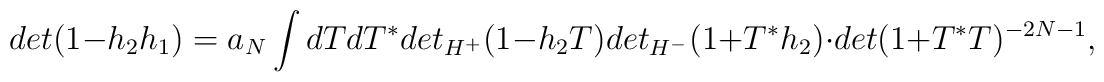
det(1 - h_{2}h_{1}) = a_N \int dT dT^* det_{H^{+}}(1-h_{2}T)det_{H^{-}}(1+T^{*}h_{2}) \cdot det(1+T^{*}T)^{-2N-1},